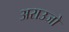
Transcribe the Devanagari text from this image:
अराउजो